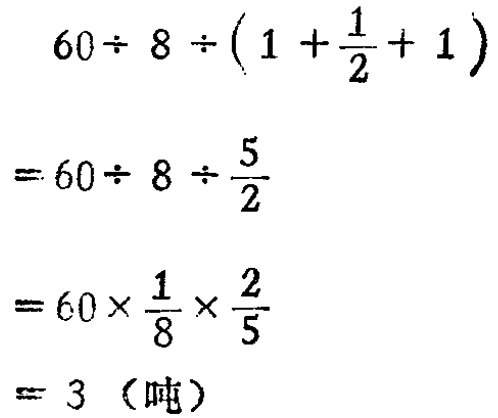
\[

\begin{align*}

&60\div 8\div\left(1 + \frac{1}{2}+ 1\right)\\

=&60\div 8\div\frac{5}{2}\\

=&60\times\frac{1}{8}\times\frac{2}{5}\\

=&3 \text{（吨）}

\end{align*}

\]